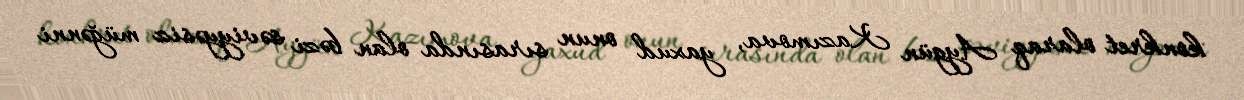
konkret olaraq Aygün Kazımova, yaxud onun sırasında olan bəzi səviyyəsiz müğənni